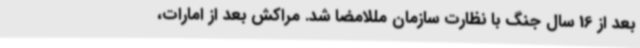
بعد از 16 سال جنگ با نظارت سازمان مللامضا شد. مراکش بعد از امارات،